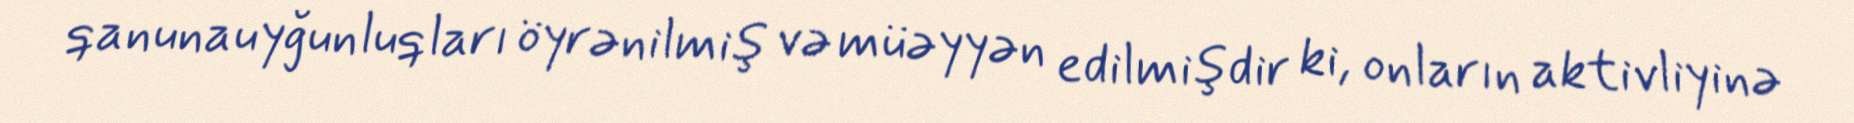
qanunauyğunluqları öyrənilmiş və müəyyən edilmişdir ki, onların aktivliyinə